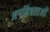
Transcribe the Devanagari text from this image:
अपवित्रताओं